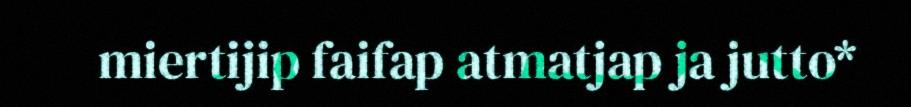
miertijip faifap atmatjap ja jutto*